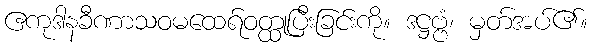
ဧကုဒါနခီဏာသဝမထေရ်ဝတ္ထုပြီးခြင်းကို။ ဒဋ္ဌဗ္ဗံ၊ မှတ်အပ်၏။